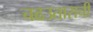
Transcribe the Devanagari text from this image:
चढउताराची